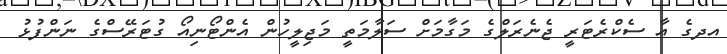
އދގެ އާ ސެކްރެޓަރީ ޖެނެރަލްގެ މަގާމަށް ސަލާމަތީ މަޖިލީހުން އެންޓޯނިއޯ ގުޓަރޭސްގެ ނަންފުޅު